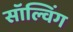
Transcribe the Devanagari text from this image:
सॉल्विंग